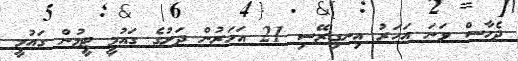
ދެހާސް ވަނަ އަހަރު އިނގިރޭސި 21 އަހަރުން ދަށުގެ ގައުމީ ޓީމުން ގައުމީ